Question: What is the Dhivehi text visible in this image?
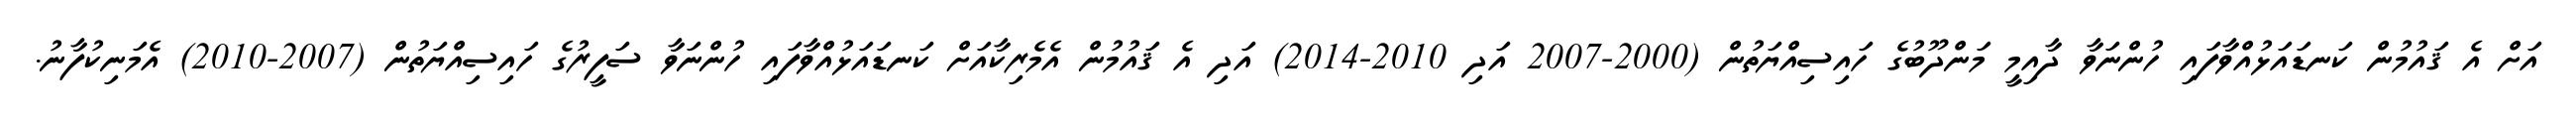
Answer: އަށް އެ ޤައުމުން ކަނޑައަޅުއްވާފައި ހުންނަވާ ދާއިމީ މަންދޫބުގެ ހައިސިއްޔަތުން (2000-2007 އަދި 2010-2014) އަދި އެ ޤައުމުން އެމެރިކާއަށް ކަނޑައަޅުއްވާފައި ހުންނަވާ ސަފީރުގެ ހައިސިއްޔަތުން (2007-2010) އެމަނިކުފާނު.